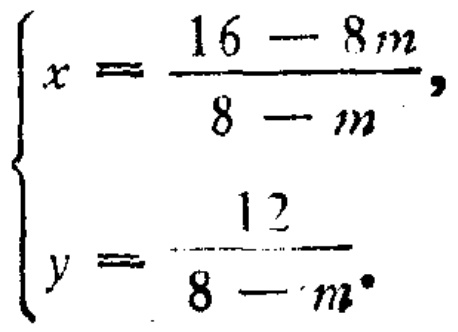
$\begin{cases}
x = \frac{16 - 8m}{8 - m},\\
y = \frac{12}{8 - m}.
\end{cases}$